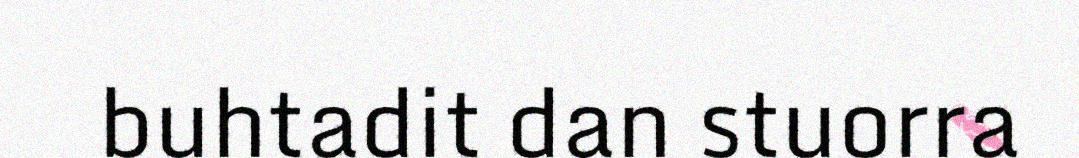
buhtadit dan stuorra